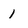
Character: 1